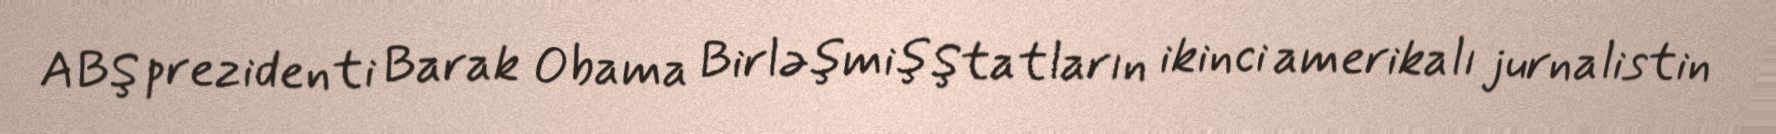
ABŞ prezidenti Barak Obama Birləşmiş Ştatların ikinci amerikalı jurnalistin